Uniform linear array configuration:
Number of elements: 12
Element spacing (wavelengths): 1
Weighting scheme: blackman
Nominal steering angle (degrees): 15
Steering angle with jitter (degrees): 15.386
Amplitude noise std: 0.05
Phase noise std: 0.05

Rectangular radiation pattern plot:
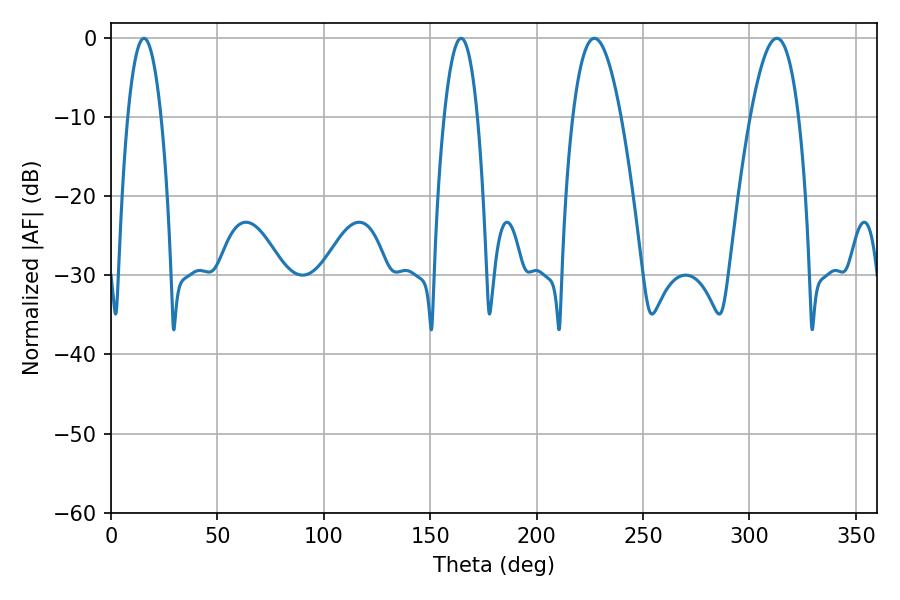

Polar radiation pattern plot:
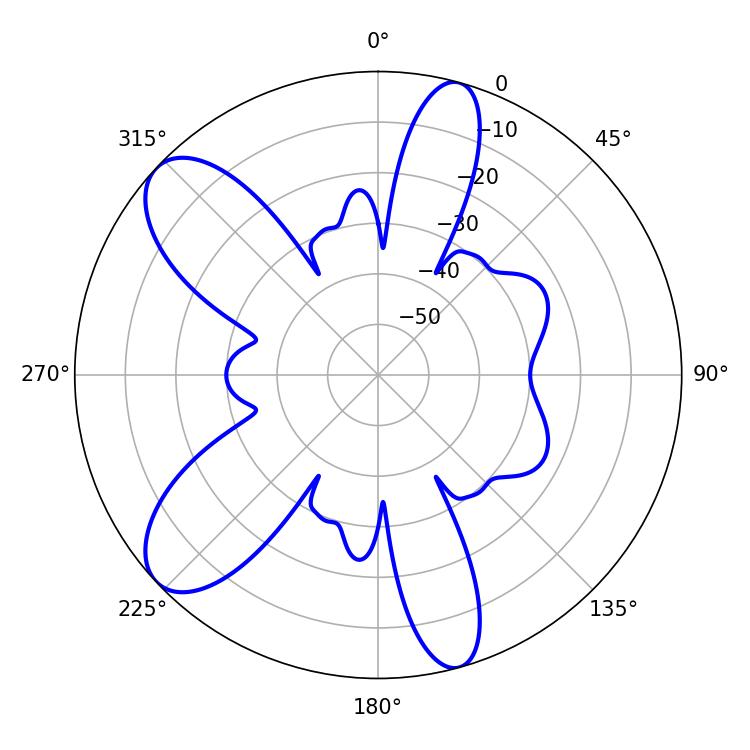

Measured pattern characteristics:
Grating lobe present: TRUE
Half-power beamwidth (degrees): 8.64
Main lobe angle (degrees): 15.48